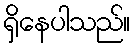
ရှိနေပါသည်။